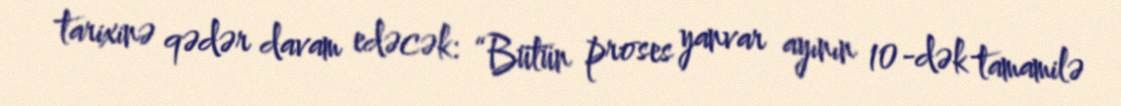
tarixinə qədər davam edəcək: “Bütün proses yanvar ayının 10-dək tamamilə